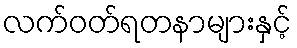
လက်ဝတ်ရတနာများနှင့်